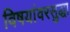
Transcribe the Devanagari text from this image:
विषयांवरसुद्धा